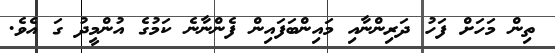
ތިން މަހަށް ފަހު ދަރިންނާއި މައިންބަފައިން ފެންނާނެ ކަމުގެ އުންމީދު ގަ އެވެ.